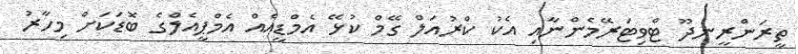
ތީރަންރީނދޫ ޓްވިޓަރޭމެންނާއި އެކު ކްރުއަލް ގޭމް ކުޅޭ އެމްޑީއެއް އެމްޕީއެލްގެ ބޮޑަކަށް މިހާރު